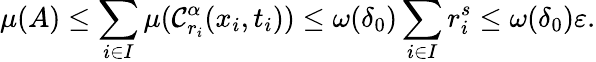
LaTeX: \mu(A)\leq\sum_{i\in I}\mu(\mathcal{C}_{r_{i}}^{\alpha}(x_{i},t_{i}))\leq\omega(\delta_{0})\sum_{i\in I}r_{i}^{s}\leq\omega(\delta_{0})\varepsilon.